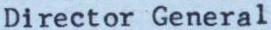
Director General